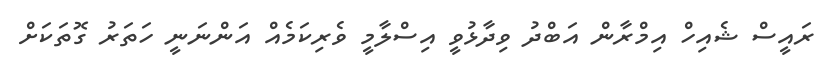
ރައީސް ޝެއިހް އިމްރާން އަބްދު ވިދާޅުވީ އިސްލާމީ ވެރިކަމެއް އަންނަނީ ހަތަރު ގޮތަކަށް